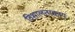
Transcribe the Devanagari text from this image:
विशालतरकाय